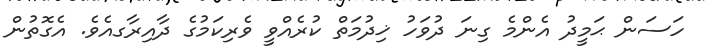
ހަސަން ޙަމީދު އެންމެ ގިނަ ދުވަހު ޚިދުމަތް ކުރެއްވީ ވެރިކަމުގެ ދާއިރާގއެވެ. އެގޮތުން